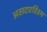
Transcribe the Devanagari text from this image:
असटएरिस्म